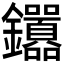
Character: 𬬤